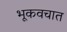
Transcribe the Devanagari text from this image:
भूकवचात